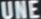
UNE